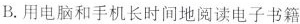
B.用电脑和手机长时间地阅读电子书籍